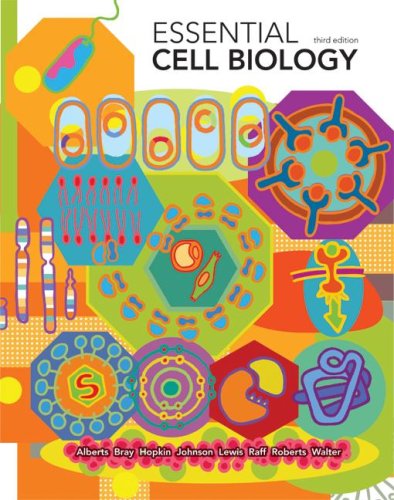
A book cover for Essential Cell Biology; Bruce Alberts; Medical Books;